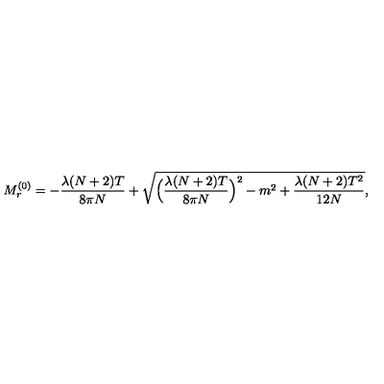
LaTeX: M _ { r } ^ { ( 0 ) } = - \frac { \lambda ( N + 2 ) T } { 8 \pi N } + \sqrt { \Bigl ( \frac { \lambda ( N + 2 ) T } { 8 \pi N } \Bigr ) ^ { 2 } - m ^ { 2 } + \frac { \lambda ( N + 2 ) T ^ { 2 } } { 1 2 N } } ,